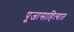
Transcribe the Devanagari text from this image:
पूजासाहित्यात